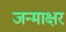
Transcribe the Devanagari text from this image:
जन्माक्षर